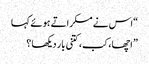
“اس نے مسکراتے ہوئے کہا
” اچھا، کب، کتنی بار دیکھا ؟